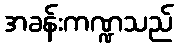
အခန်းကဏ္ဍသည်